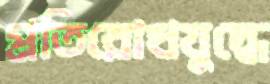
প্রতিরোধযুদ্ধে